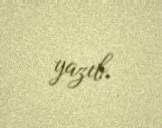
yazıb.